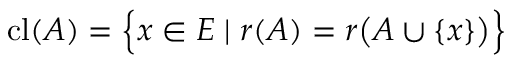
\operatorname { c l } ( A ) = { \Bigl \{ } x \in E \mid r ( A ) = r { \bigl ( } A \cup \{ x \} { \bigr ) } { \Bigr \} }